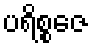
ပရိစ္စဇေ